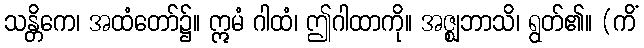
သန္တိကေ၊ အထံတော်၌။ ဣမံ ဂါထံ၊ ဤဂါထာကို။ အဇ္ဈဘာသိ၊ ရွတ်၏။ (ကိံ